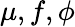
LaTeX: \mu,f,\phi